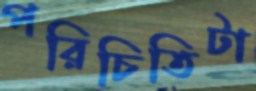
পরিচিতিটা